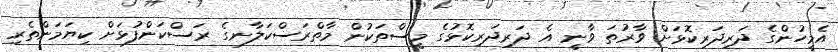
އެމީހުންގެ ދަރިދަރިކޮޅަށް ވާރުތަ ވާނީ އެ ދަރިދަރިކޮޅުގެ މީސްތަކުން މާތްރަސްކަލާނގެ ރަސްކަންފުޅަށް ކިޔަމަންތެރި